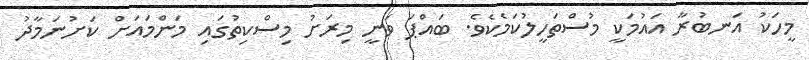
މީހަކު އަނބުރާ އައުމަކީ މުސްތަހީލުކަމެކެވެ. ބައްޕަ ވަނީ މިރަށު މިސްކިތުގައި މަންމައަށް ކަށުނަމާދު